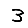
Digit: 3